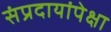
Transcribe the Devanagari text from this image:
संप्रदायांपेक्षा